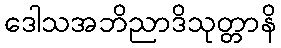
ဒေါသအဘိညာဒိသုတ္တာနိ